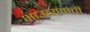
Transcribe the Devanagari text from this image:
भाऊरावांची